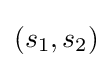
(s_{1},s_{2})